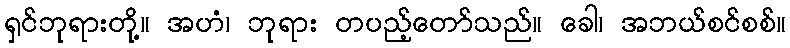
ရှင်ဘုရားတို့။ အဟံ၊ ဘုရား တပည့်တော်သည်။ ခေါ၊ အဘယ်စင်စစ်။